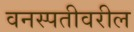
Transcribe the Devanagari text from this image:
वनस्पतीवरील